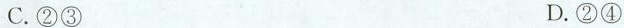
C.②③ D.②④